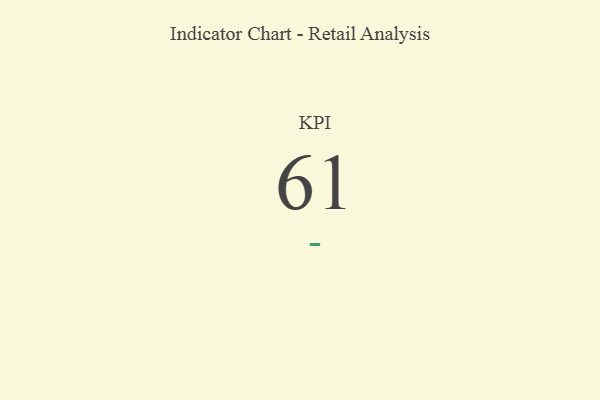
{"axis": {"x": "KPI", "y": "Value"}, "legend": [""], "data": [{"x": "KPI", "y": 61, "type": ""}]}